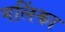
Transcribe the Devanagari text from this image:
गलिंका